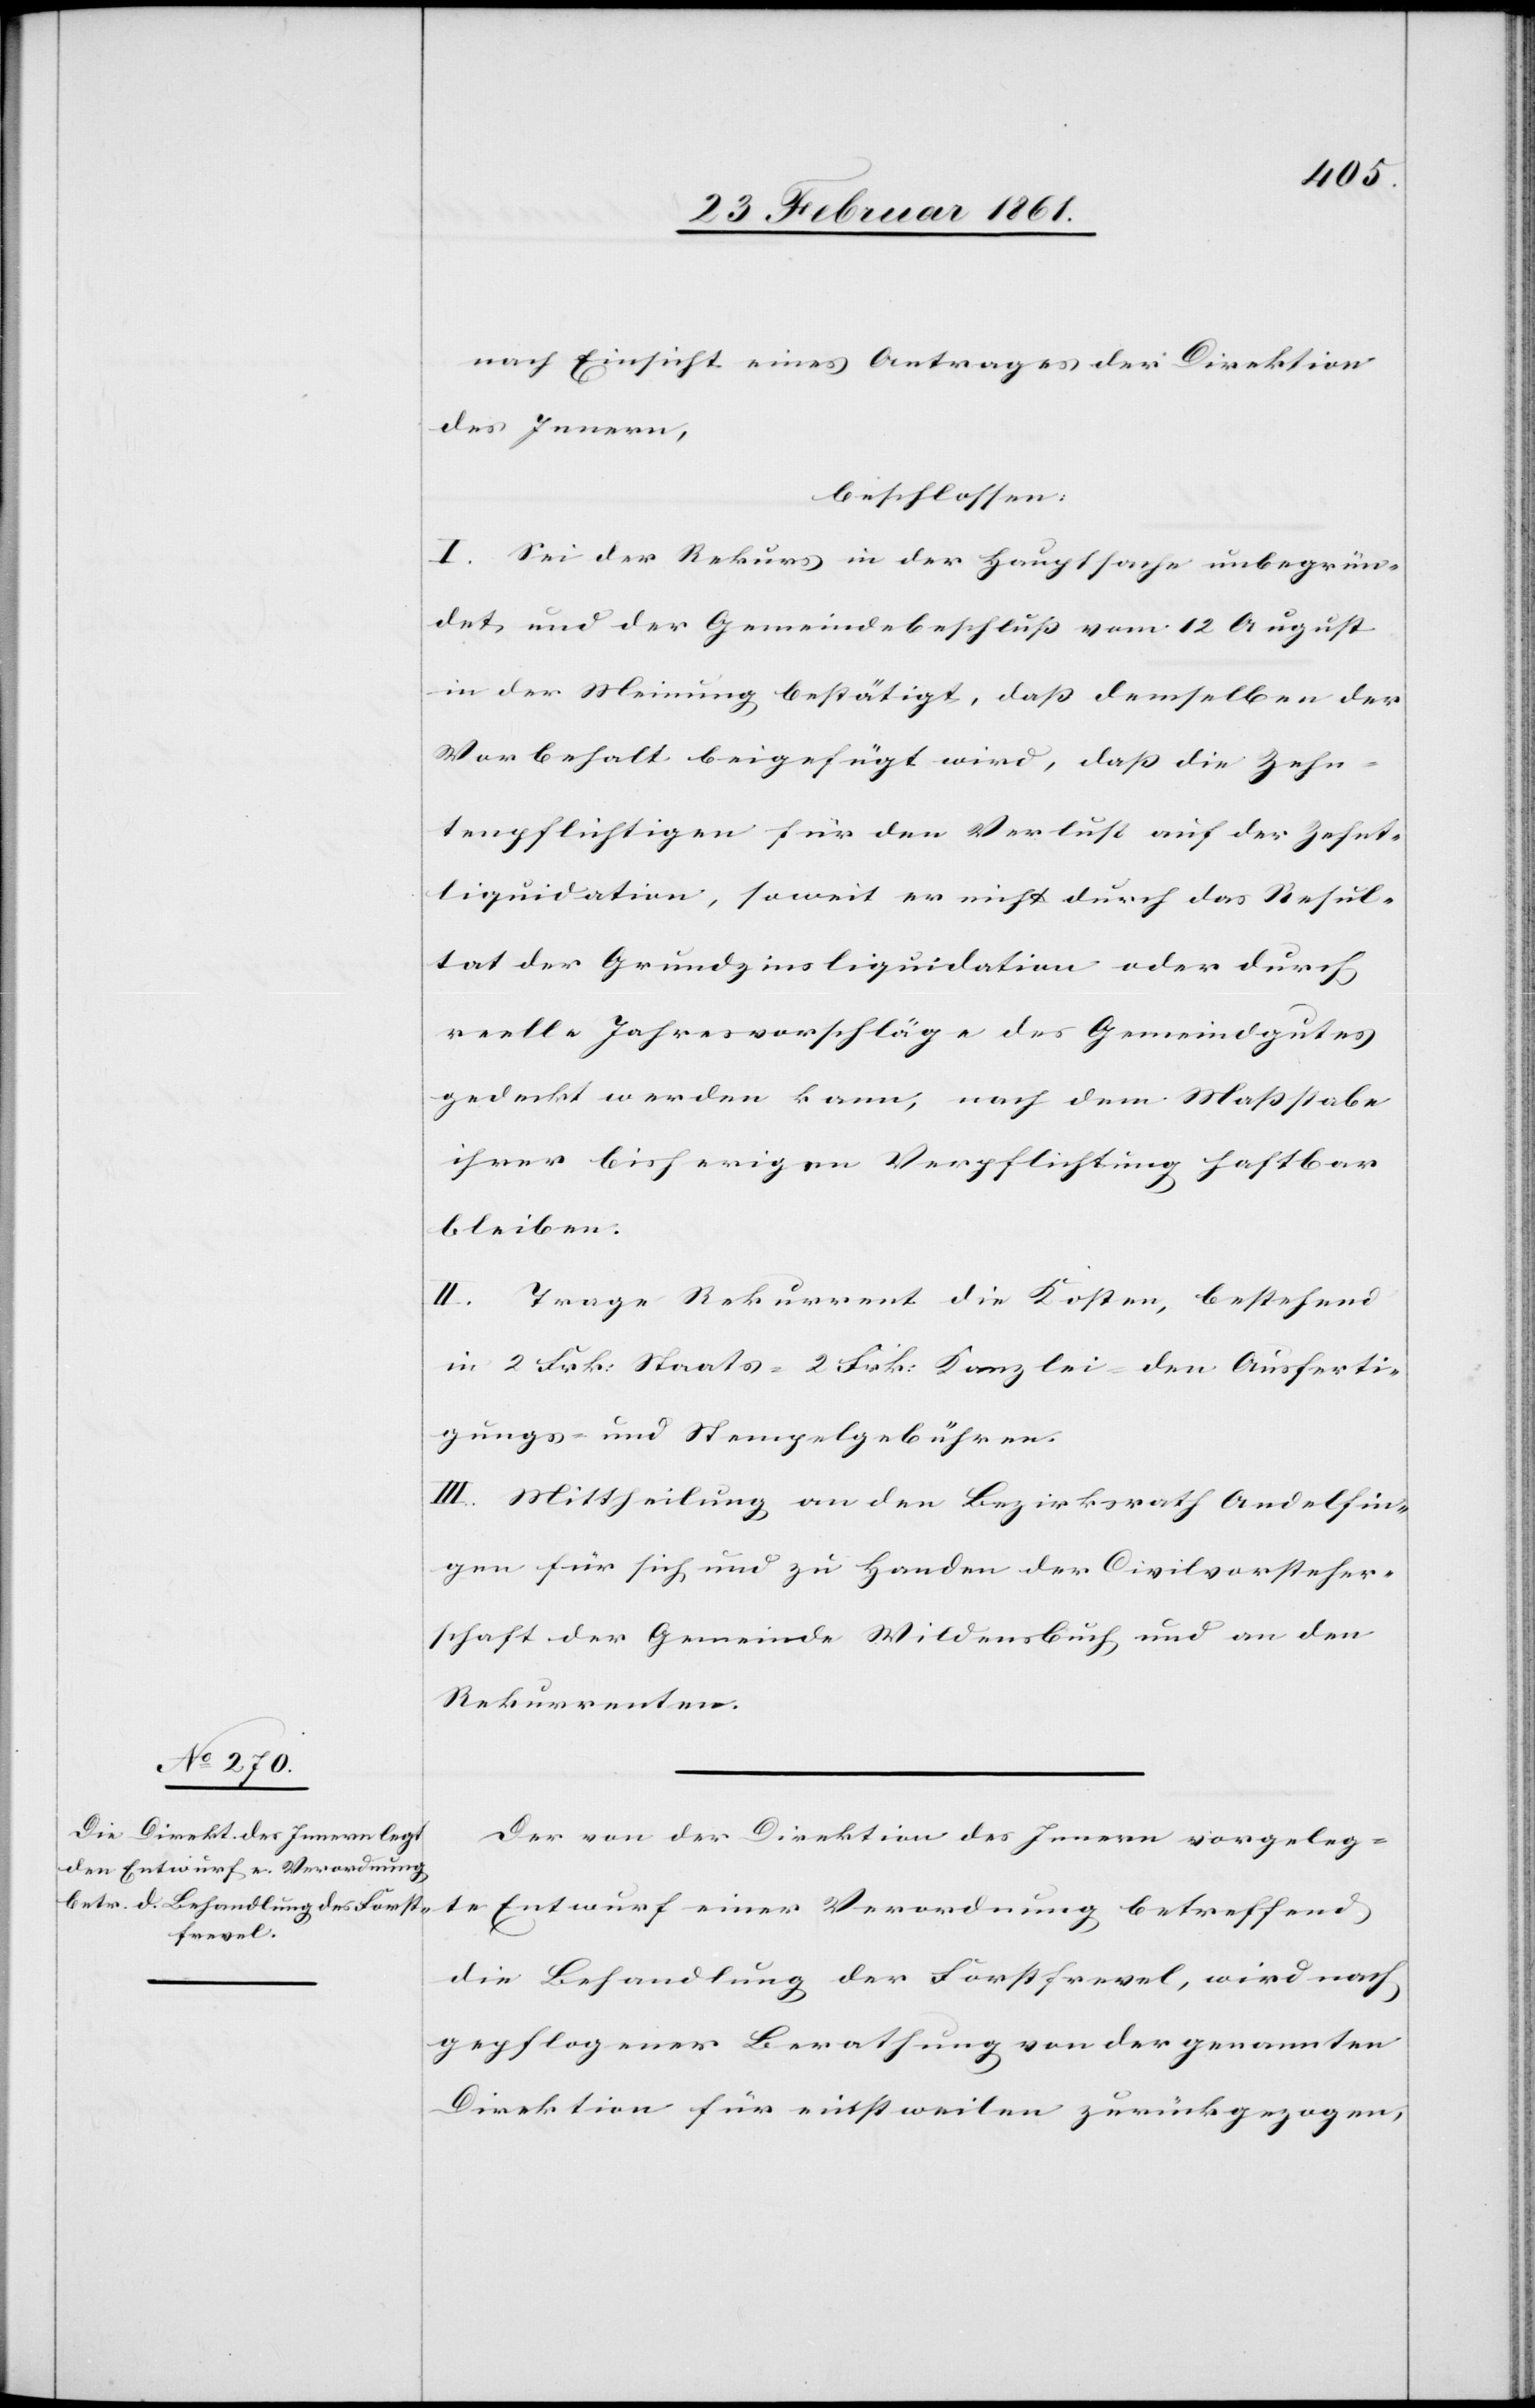
nach Einsicht eines Antrages der Direktion
des Innern,
beschlossen:
I. Sei der Rekurs in der Hauptsache unbegrün¬
det und der Gemeindebeschluss vom 12. August
in der Meinung bestätigt, dass demselben der
Vorbehalt beigefügt wird, dass die Zehn¬
tenpflichtigen für den Verlust auf der Zehnt¬
liquidation, soweit er nicht durch das Resul¬
tat der Grundzinsliquidation oder durch
reelle Jahresvorschläge des Gemeindgutes
gedeckt werden kann, nach dem Massstabe
ihrer bisherigen Verpflichtung haftbar
bleiben.
II. Trage Rekurrent die Kosten, bestehend
in 2 Frk. Staats-[,] 2. Frk. Kanzlei-[,] den Ausferti¬
gungs- und Stempelgebühren.
III. Mittheilung an den Bezirksrath Andelfin¬
gen für sich und zu Handen der Civilvorsteher¬
schaft[,] der Gemeinde Wildensbuch und an den
Rekurrenten.
Der von der Direktion des Innern vorgeleg¬
te Entwurf einer Verordnung betreffend
die Behandlung der Forstfrevel, wird nach
gepflogener Berathung von der genannten
Direktion für einstweilen zurückgezogen,